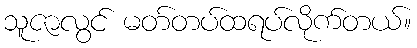
သူဇာလွင် မတ်တပ်ထရပ်လိုက်တယ်။